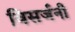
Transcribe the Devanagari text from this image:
विसर्जनी